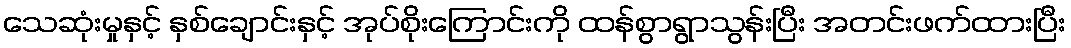
သေဆုံးမှုနှင့် နှစ်ချောင်းနှင့် အုပ်စိုးကြောင်းကို ထန်စွာရွာသွန်းပြီး အတင်းဖက်ထားပြီး